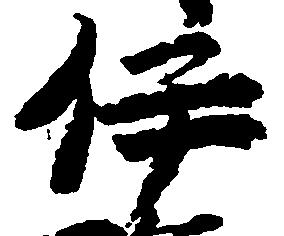
伊